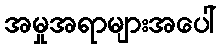
အမှုအရာများအပေါ်